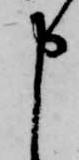
申